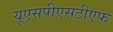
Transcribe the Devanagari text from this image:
यूएसपीएसटीएफ